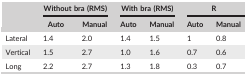
| <ROWSPAN=2>  | <COLSPAN=2> Without bra (RMS) | <COLSPAN=2> With bra (RMS) | <COLSPAN=2> R |
 | Auto | Manual | Auto | Manual | Auto | Manual |
 | --- | --- | --- | --- | --- | --- | --- |
 | Lateral | 1.4 | 2.0 | 1.4 | 1.5 | 1 | 0.8 |
 | Vertical | 1.5 | 2.7 | 1.0 | 1.6 | 0.7 | 0.6 |
 | Long | 2.2 | 2.7 | 1.3 | 1.8 | 0.3 | 0.7 |